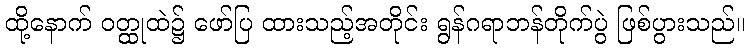
ထို့နောက် ဝတ္ထုထဲ၌ ဖော်ပြ ထားသည့်အတိုင်း ရွန်ဂရာဘန်တိုက်ပွဲ ဖြစ်ပွားသည်။